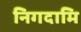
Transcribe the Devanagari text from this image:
निगदामि